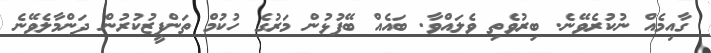
ގާއިމެއް ނުކުރެވޭނެ. ބިރުވެތި ވެލައްވާ. ބައެއް ބޭފުޅުން މަރުގެ ހުކުމް ތަންފީޒުކުރުން ދަންމާލެވޭނެ